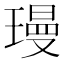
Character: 㻴